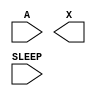
module sky130_fd_sc_hd__lpflow_isobufsrc (
    //# {{data|Data Signals}}
    input  A    ,
    output X    ,

    //# {{power|Power}}
    input  SLEEP
);

    // Voltage supply signals
    supply1 VPWR;
    supply0 VGND;
    supply1 VPB ;
    supply0 VNB ;

endmodule